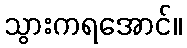
သွားကရအောင်။